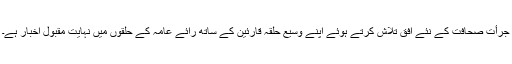
جرأت صحافت کے نئے افق تلاش کرتے ہوئے اپنے وسیع حلقہ قارئین کے ساتھ رائے عامہ کے حلقوں میں نہایت مقبول اخبار ہے۔